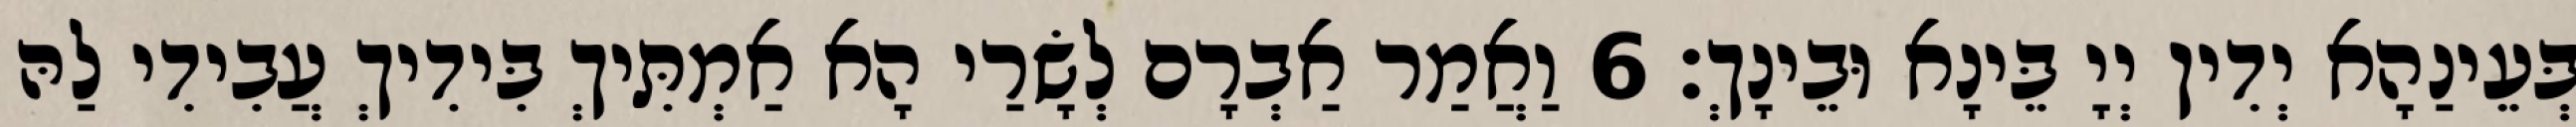
בְּעֵינַהָא יְדִין יְיָ בֵּינָא וּבֵינָךְ׃ 6 וַאֲמַר אַבְרָם לְשָׂרַי הָא אַמְתִּיךְ בִּידִיךְ עֲבִידִי לַהּ